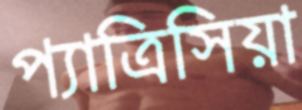
প্যাত্রিসিয়া